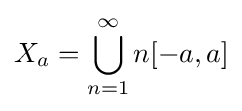
X_{a}=\bigcup _{n=1}^{\infty }n[-a,a]